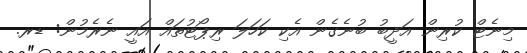
މިނެޓް ކުރިން އަދީބު ބުނެގެން އެކި ކަހަލަ ރިޕޯޓުތައް އައީ ނެރެމުން: ޑރ.